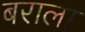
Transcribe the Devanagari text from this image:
बराला